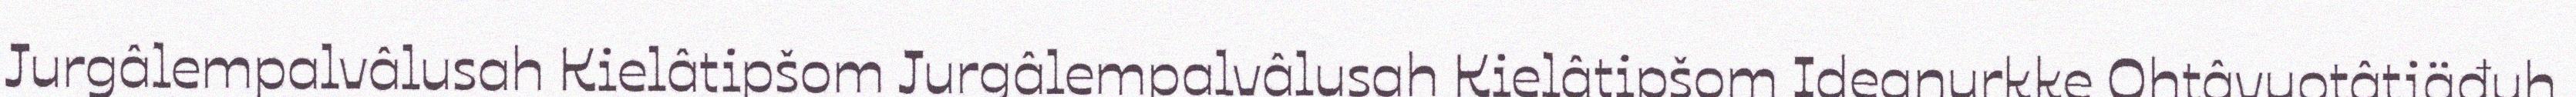
Jurgâlempalvâlusah Kielâtipšom Jurgâlempalvâlusah Kielâtipšom Ideanurkke Ohtâvuotâtiäđuh